Vital statistics of India. Vol. IV, Annual returns from 1871 to 1876. British Army of India, Native Army and jails of Bengal
Year: 1871
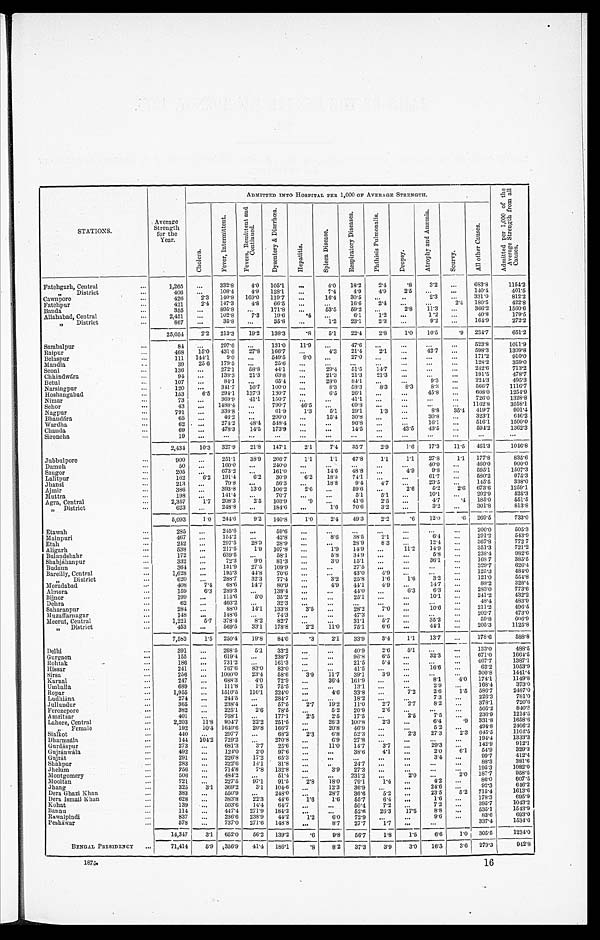
ADMITTED INTO HOSPITAL PER 1,000 OF AVERAGE STRENGTH.
A d m i t t e d p e r 1 , 0 0 0 o f t h e A v e r a g e S t r e n g t h f r o m a l l C a u s e s .
STATIONS.
Average
Strength
for the
Year.
C h o l e r a .
F e v e r , I n t e r m i t t e n t .
F e v e r s , R e m i t t e n t a n d C o n t i n u e d .
D y s e n t e r y & D i a r r h œ a .
H e p a t i t i s .
S p l e e n D i s e a s e .
R e s p i r a t o r y D i s e a s e s .
P h t h s i s P u l m o n a l i s .
D r o p s y .
A t r o p h y a n d
An æmi a .
S c u r v y .
A l l o t h e r C a u s e s .
Fatehgarh, Central
...
1,265
. . .
332.8
4.0 105.1
...
4.0 18.2
2.4
.8
3.2 ...
683.8
1154.2
,,
District
...
406
. . . 108.4
4.9 128.1
. . . 7.4
4.9
4.9
2.5 ...
. . .
140.4
401.5
„
Cawnpore
...
426
2 . 3
110.8
169.0 119.7
. . .
16.4 30.5
...
. . .
2.3 ...
331.0
812.2
Fatehpur
...
421
2.4 147.3
4.8 66.5
...
. . .
16.6
2.4 ...
...
2.4
180.5
422.8
Banda
...
355
. . .
895.8
. . .
171.8
. . .
5 3 . 5
5 9 . 2
. . . 2.8
11.3
...
366.2
1560.6
Allahabad, Central
...
2,451
...
102.8
7.3 19.6
. 4
. . .
6 . 1
1.2
...
1.2
...
40.8
179.5
„
District
...
867
. . .
35.8
...
35.8
...
1.2
23.1
2 . 3 ...
9.2
...
164.9
272.2
25,054
2.2 213.3
19.2 138.3
.8
5.1
22.4
2.8
1 . 0 10.5
.9 234.7
651.2
Sambalpur
...
84
. . .
297.6
...
131.0
11.9
...
47.6
...
...
...
...
523.8
1011.9
Raipur
...
468
15.0 431.6 27.8 166.7 ...
4.3 21.4
2.1
...
42.7
...
598.3
1309.8
Belaspur
...
111 144.1
9.0
. . .
549.5
9.0
. . .
27.0
...
...
...
...
171.2
910.0
Mandla
...
39
25 6 179.5
...
25.6 ...
...
...
...
. . . ...
...
128.2
359.0
Seoni
...
136
. . .
272.1
58.8 44.1 ...
29.4 51.5
14.7 ...
...
...
242.6
713.2
Chhindwára
...
94
. . .
138.3 21.3
63.8
...
21.3 21.3
21.3
. . .
. . .
. . .
191.5
478.7
Betul
...
107
. . .
84.1
. . . 65.4 ...
28.0
84.1
. . .
...
9.3 . . .
224.3
495.3
Narsingpur
...
120
. . .
341.7
16.7 100.0 ...
8.3 58.3
8.3
8.3
8.1 ...
566.7
1116.7
Hoshangabad
...
153
6.5 294.1 137.3 130.7
. . .
6.5 26.1
. . .
...
45.8 ...
608.0
1254.9
Nimar
...
73
. . . 369.9 41.1 150.7
. . .
. . . 41.1
. . .
...
...
...
726.0
1328.8
Sehor
...
43
. . . 1488.4
. . .
7 9 0 . 7
46.5
. . .
69.8
...
...
...
...
1162.8
3558.1
Nagpur
...
791
. . .
338.8 ...
61.9
1.3
5.1 29.1
1.3 ...
8.8 35.4 419.7
901.4
Bhandára
...
65
. . .
4 6 . 2
. . . 200.0
. . . 15.4 30.8
. . . ...
30.8 . . .
323.1
646.2
Wardha
...
62
...
274.2
48. 4
548.4 ...
...
96.8
...
...
16.1 ...
516.1
1500.0
Chauda
...
69
...
478.3
14.5 173.9
...
...
14.5
...
43.5
11.5
...
594.2
1362.3
Sironcha
...
19
...
. . .
. . .
. . .
. . .
. . .
...
. . .
. . .
. . .
...
. . .
. . .
2,434
10.3 327.9
21.8 147.4
2 . 1
7.4 35.7
2.9
1.6
17.3
11.5 461.3
1046.8
_________
Jubbul pore
...
900
...
251.1
38.9 266.7
1.1
1.1
67.8
1.1
1.1
27.8
1.1 177.8
835.6
Damoh
...
50
...
160.0
. . .
240.0 ...
...
...
. . .
...
40.0 ...
460.0
900.0
Saugor
205
. . .
673.9
. . . 161.0 ...
11.6 48.8
...
4.9
9.8 ...
595.1
1507.3
Lalitpur
...
162
6.2 191.4
6.2 30.9
6.2
18.5 74.1
...
...
61.7
...
580.2
975.3
Jhansi
...
213
...
79.8
. . .
5 6 . 3
. . . 18.8
9.4
4.7
. . .
23.5 ...
145.5
338.0
Ajmir
...
386
...
393.8
13.0
1 0 6 . 2
2.6 ...
59.6
. . .
2.6
5 . 2 2.6 673.6
1259.1
Muttra
...
198
...
141.4
. . .
70.7
. . .
...
5.1
5.1
. . .
10.1
...
292.9
525.3
Agra, Central
...
2,357
1.7 208.3
2.5
1 0 3 . 9
. 9
. . . 41.6
2.5 ...
4.7
.4 185.0
551.5
,,
District
...
623
...
248.8 ...
184.6
. . .
1 . 6 70.6
3.2
. . .
3.2 . . .
301.8
813.8
5,093
1.0 244..6
9.2 140.8
1 . 0
2.4
9.3
2.2
.6
12.0
. 6 269.5
733.0
Etawah
...
285
...
245.6
. . .
59.6 ...
...
...
...
. . .
. . .
. . .
200.0
505.3
Mainpuri
...
467
...
154.2
. . .
42.8
. . .
8.6
38.5
2.1
...
6 . 4
291.2
543.9
Etah
...
242
. . .
297.5
28.9
28.9 ...
. . .
28.9
8.3
. . .
12.4
...
367.8
772 7
Aligarh
...
538
...
217.5
1.9 107.8
...
1.9 14.9
...
11.2
14.9 ...
351.3
721.2
Bulandshahr
...
172
...
639.5
...
58.1
...
5.8
34.9
. . .
. . .
5.8 ...
238.4
982.6
Shahjahanpur
...
332
...
72.3
9.0 81.3
...
3.0 15.1
...
...
36.1 ...
168 .7
385.5
Budaun
...
364
. . .
131.9
27.5 109.9 ...
. . .
27.5
...
. . .
. . .
. . .
329.7
626.4
Bareilly, Central
...
1,628
...
195.3
44.8
70.6
...
43.0
4.9 ..
. . .
. . . .
125.3
484.0
, , D i s t r i c t
...
620
...
288.7
32.3
77.4
...
3.2
25.8
1 . 6 1.6
3 . 2 ...
121.0
554.8
Moradabad
...
408
7.4 68.6
14.7
80.9 ...
4.9 44.1
4.9
...
14.7 ...
88.2
328.4
Almora
...
159
6.3 289.3
. . . 138.4
. . .
...
44.0
. . .
6.3
6.3 ...
283.0
773.6
Bijnor
...
199
...
115.6
5.0 35.2
...
. . . 25.1
. . .
...
10.1 ...
241.2
432.2
Dehra
...
62
...
403.2
. . . 32.3
...
...
...
...
. . .
. . .
. . .
48.4
483'9
Saharanpur
..
284
...
88'0
14.1 133.8
3.5
...
28.2
7.0
...
10.6 ...
211.2
496.5
M uzaffarnagar
...
148
...
148.6
..
74.3 ...
...
47.3
. . .
...
...
. . .
202.7
473.0
Meerut, Central
...
1,221
5.7 378.4
8 .2
82.7
. . .
. . . 31.1
5.7
. . .
35.2
...
59.8
606.9
, ,
District
...
453
-
...
--
569'5
-
33'1
-
178'8
2'2
1 1 . 0 75.1
6.6 ...
44 . 1 . . .
205.3
1125.8
-
7,553
l.5 250'4
-
19'8 - 84'0
'3
2'1
33'9
3'4
1'1
13.7 ...
178'6
588'8
Delhi
....
391
...
268'5
5.1
33'2
...
...
40.9
2'6
5.1
.. .
. . .
133'0
488'5
Gurgaon
...
155
...
619.4
. . . 238.7
. . .
. . . 96.8
6.5
. . .
32'3 . . .
671.0
1664.5
Rohtak
...
186
...
731'2
. . . 161'3
...
...
21'5
5.4
...
. . .
. . .
467'7
1387'1
Hissar
...
241
...
767'6
83.0
83'0
. . .
...
41'5
...
...
16'6
...
62'2
1053'9
Sirsa
...
256
...
1000.0 234
58'6
3'9
11'7
39.1
3'9
...
. . .
. . .
300'8
1441'4
Karnal
...
247
. . . 688'3
4'0
72,9
...
36'4 161.9
...
...
8'1
4'0 174'1
1149'8
Umballa
...
689
...
111'8
1.5
75'5
...
...
13.1
...
...
2.9 ...
168'4
373'0
Ropar
...
1,955
...
1510'5 116'1 224'0
...
4'6
33'8
...
7'2
2.6
1'5 586'7
2487'0
Ludhiána
...
274
...
244.5
. . . 284.7
. . . ...
18'2
. . .
...
73
...
226'3
781'0
Jullundur
...
365
...
238'4
...
57'5
...
2'7
19'2
11'0
2'7
2'7
8'2
...
378'1
720'6
Ferozepore
...
382
...
225.1
2 . 6
78'5
. . . 5.2
20'9
2.6
. . .
. . .
...
5 0 5 ' 2
840'3
Amritsar
...
401
...
768.1
177.1
2.5
2.5 17.5
. . .
2'5
75
...
236'9
1214'5
Lahore, Central
...
2,203
11'8 904.7 22'2 251'5
...
26'3 100'8
2 .3
...
6'4
.9 331'8
1658'6
, , F e m a l e
...
192
10'4 1610'6
20'8 166'7
...
20'8
46'9
...
...
5.2
. . .
494'8
2406'2
Sialkot
...
440
. . . 297'7
...
68'2
2'3
6'8
52,3
...
2'3
273
2.3 645'5
1101'5
Dharmsála
...
1444 104.2 729.2 ...
270.8
. . . 6'9
27.8
. . .
...
..
. . .
194.4
1333'3
Gurdáspur
...
273
...
681'3
3'7
25'6
. . .
11'0
14'7
3.7
...
29.3 ...
142'9
912'1
Gujránwála
...
492
...
124'0
2'0
97'6
. . .
...
38.6
4.1 ...
2.0
6'1
54'9
329'3
Gujrát
...
291
...
226'8
17'2
65'3
. . .
. . .
. . .
. . .
. . .
3.4 ...
997
412'4
Shahpur
...
283
...
222'6
14.1 31'8
. . .
. . . 24.7 ...
...
...
...
88'3
381'6
Jhelum
...
256
...
714'8
7'8 132'8
. . . 3'9
27'3
...
...
. . .
. . .
195'3
1082'0
Montgomery
...
506
...
484'2
. . . 51'4
...
...
231'2
...
2'0
...
2.0 187'7
958'5
Mooltan
...
721
...
227'5
97'1
91'5
2'8
18'0
79.1
1.4
...
4'2
...
86'0
607.5
J hang
...
325
3.1 369'2
3'1 104. 6
. . . 12'3
36'9
. . . ...
24'6
...
92'3
646'2
Dera Ghazi Khan
...
383
...
550'
..
248'0
. . .
28'7
36'6
...
5'2
...
23'5
5'2 715'4
1613'6
Dera Ismail Khan
...
628
. . . 383'8
.22'3
44'6
1 . 6
1'6
65'7
6'4
...
1'6
...
178'3
695'9
Kohat
...
139
...
503'6
14'4
64.7 ...
...
50'4
7'2
...
7.2 ...
395'7
1043'2
Bannu
...
114
...
447.4 271'9 184.2
. . .
...
52'6
20.3
17'5
8'8
. . .
535'1
1543'9
Rawalpindi
...
837
. . . 236'6 238'9
44.2
1'2
6.0 72'9
...
...
9'6
...
83'6
693'0
Pesháwar
...
578
...
737'0 271'6 148.8
. . .
8'7
27'7
1'7
..
. . .
. . .
337'4
1 5 3 4 . 6
14,347
3.1 652'0
56'2
1 3 9 . 2
.6
9'8
56.7
1'8
1'5
6.6
1.0 305'5
1234'0
BENGAL PRESIDENCY ...
71,414
5.9 356'9
41'4 186'1
'8
8'2
37'3
3'9
3'0
16'3
3'6 279'3
942'8
1875.
16